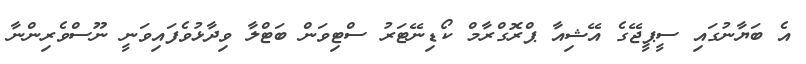
އެ ބަޔާނުގައި ސީޕީޖޭގެ އޭޝިއާ ޕްރޮގްރާމް ކޯޑިނޭޓަރު ސްޓިވަން ބަޓްލާ ވިދާޅުވެފައިވަނީ ނޫސްވެރިންނާ